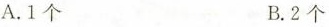
A.1 个 B.2 个